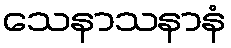
သေနာသနာနံ